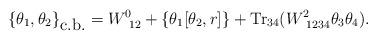
LaTeX: \begin{align*}\{\theta_1,\theta_2\}_{\mbox{c.b.}}=W^{0}_{~12}+ \left\{\theta_1[\theta_2,r]\right\}+\mbox{Tr}_{34}(W^2_{~1234}\theta_3\theta_4).\end{align*}